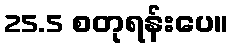
25.5 စတုရန်းပေ။